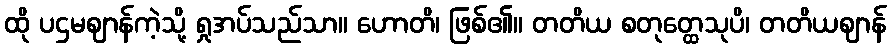
ထို ပဌမဈာန်ကဲ့သို့ ရှုအပ်သည်သာ။ ဟောတိ၊ ဖြစ်၏။ တတိယ စတုတ္ထေသုပိ၊ တတိယဈာန်